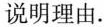
说明理由.